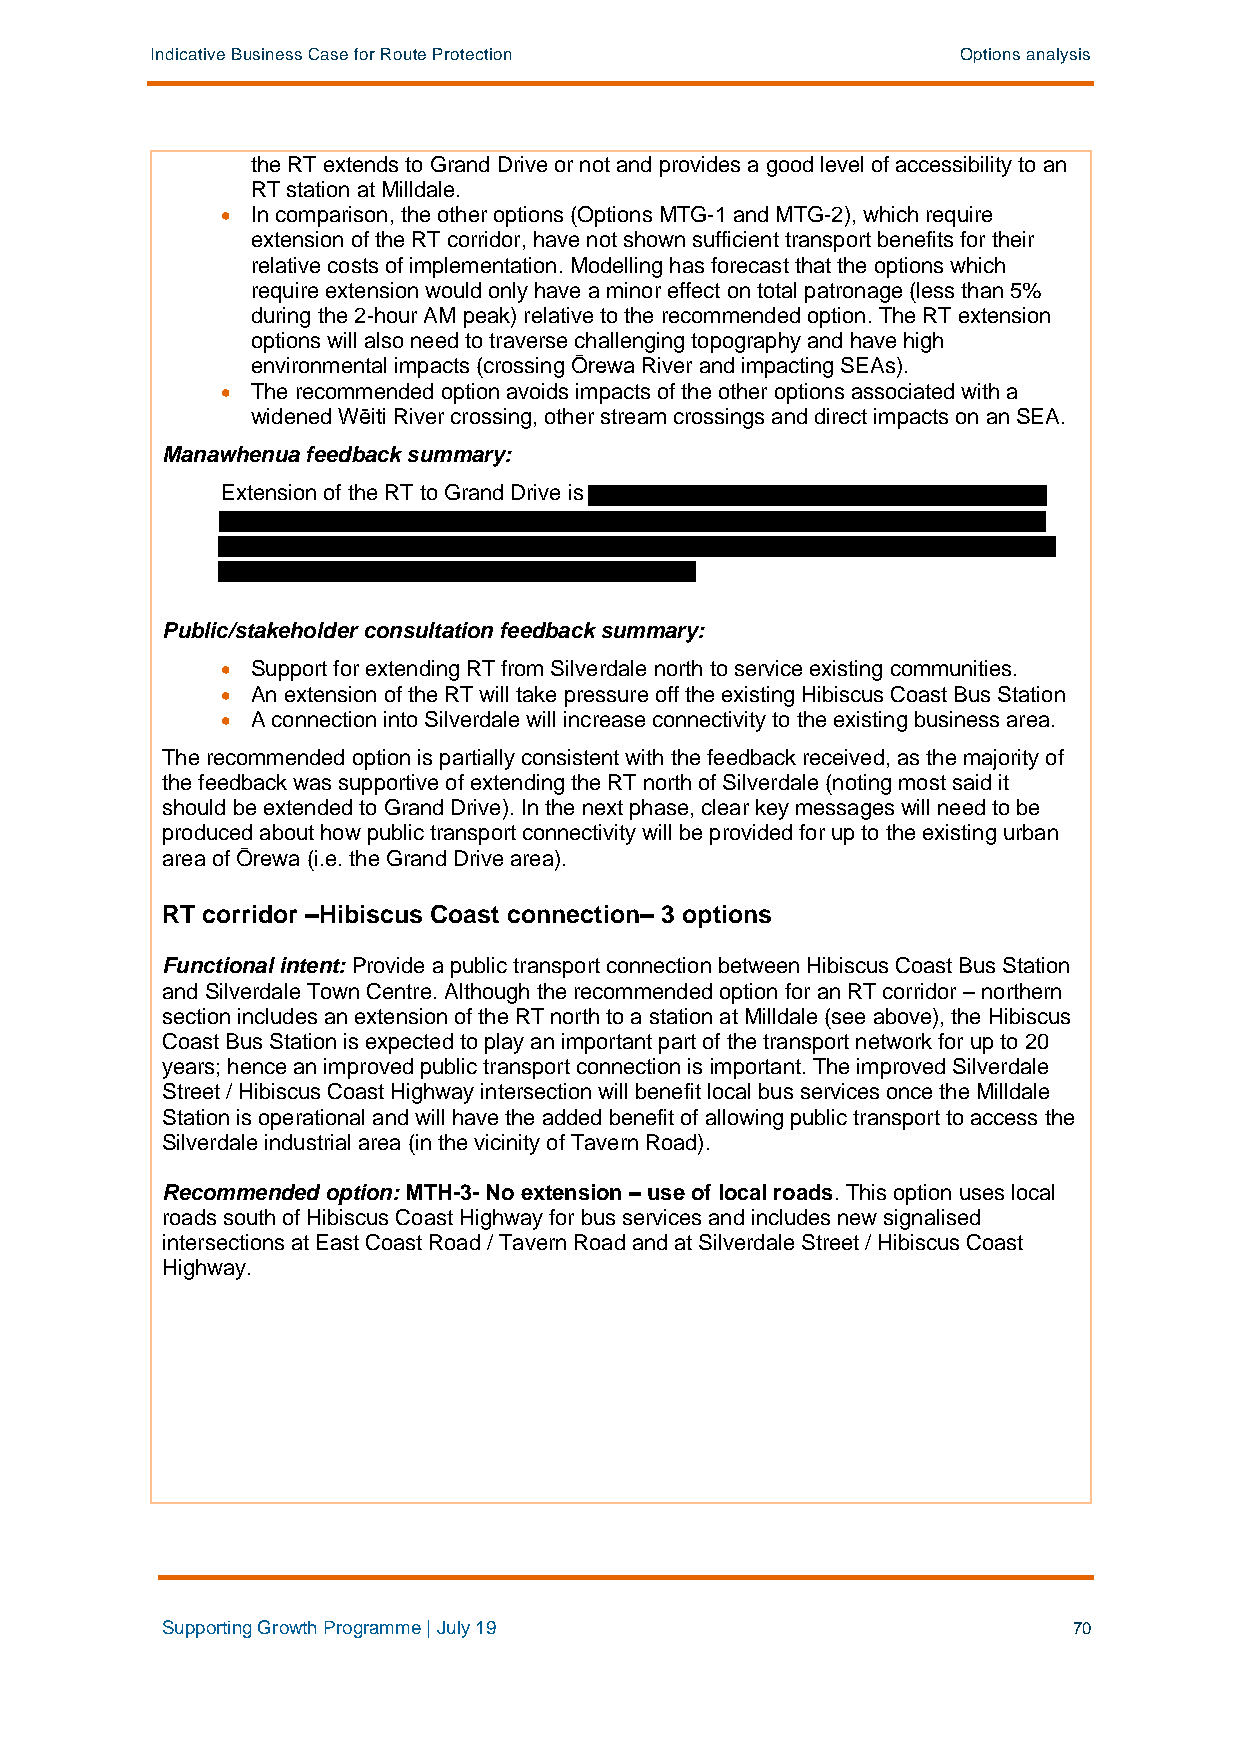
Indicative Business Case for Route Protection         Options analysis
 the RT extends to Grand Drive or not and provides a good level of accessibility to an
 RT station at Milldale.
 • In comparison, the other options (Options MTG-1 and MTG-2), which require
 extension of the RT corridor, have not shown sufficient transport benefits for their
 relative costs of implementation. Modelling has forecast that the options which
 require extension would only have a minor effect on total patronage (less than 5%
 during the 2-hour AM peak) relative to the recommended option. The RT extension
 options will also need to traverse challenging topography and have high
 environmental impacts (crossing Ōrewa River and impacting SEAs).
 • The recommended option avoids impacts of the other options associated with a
 widened Wēiti River crossing, other stream crossings and direct impacts on an SEA.
 Manawhenua feedback summary:
 Extension of the RT to Grand Drive is
 Public/stakeholder consultation feedback summary:
 • Support for extending RT from Silverdale north to service existing communities.
 • An extension of the RT will take pressure off the existing Hibiscus Coast Bus Station
 • A connection into Silverdale will increase connectivity to the existing business area.
 The recommended option is partially consistent with the feedback received, as the majority of
 the feedback was supportive of extending the RT north of Silverdale (noting most said it
 should be extended to Grand Drive). In the next phase, clear key messages will need to be
 produced about how public transport connectivity will be provided for up to the existing urban
 area of Ōrewa (i.e. the Grand Drive area).
 RT corridor –Hibiscus Coast connection– 3 options
 Functional intent: Provide a public transport connection between Hibiscus Coast Bus Station
 and Silverdale Town Centre. Although the recommended option for an RT corridor – northern
 section includes an extension of the RT north to a station at Milldale (see above), the Hibiscus
 Coast Bus Station is expected to play an important part of the transport network for up to 20
 years; hence an improved public transport connection is important. The improved Silverdale
 Street / Hibiscus Coast Highway intersection will benefit local bus services once the Milldale
 Station is operational and will have the added benefit of allowing public transport to access the
 Silverdale industrial area (in the vicinity of Tavern Road).
 Recommended option: MTH-3- No extension – use of local roads. This option uses local
 roads south of Hibiscus Coast Highway for bus services and includes new signalised
 intersections at East Coast Road / Tavern Road and at Silverdale Street / Hibiscus Coast
 Highway.
 Supporting Growth Programme | July 19                       70